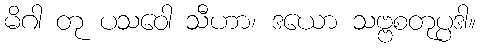
မိဂါ တု ပသဝေါ သီဟာ၊ ဒယော သဗ္ဗစတုပ္ပဒါ။